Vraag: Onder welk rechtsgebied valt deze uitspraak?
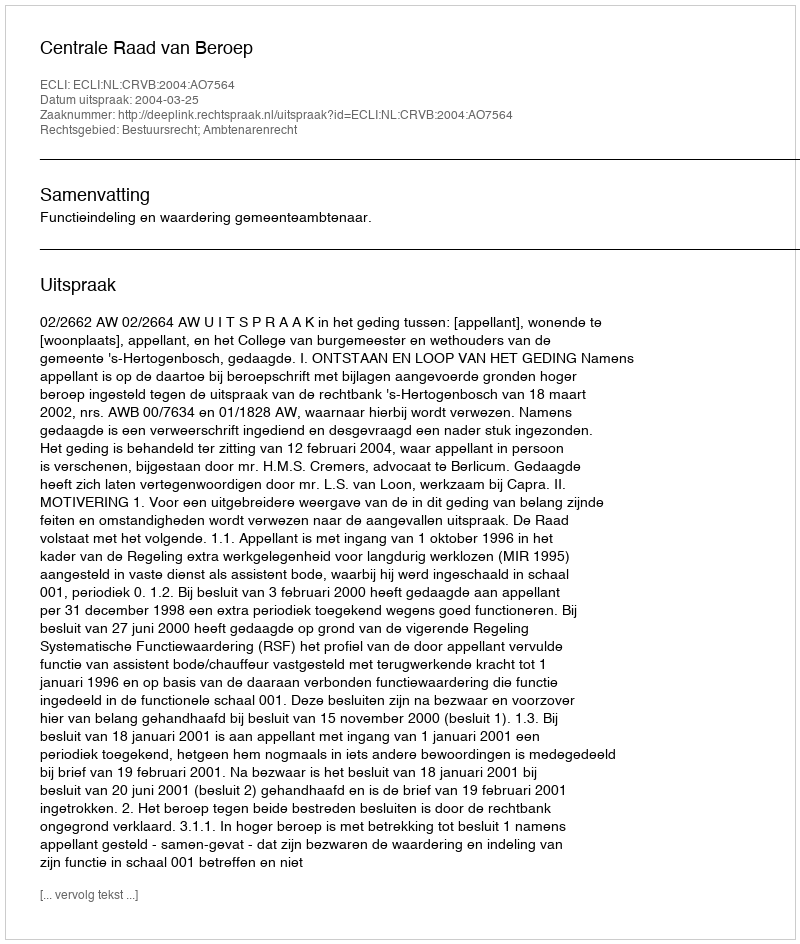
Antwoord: Bestuursrecht; Ambtenarenrecht